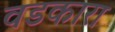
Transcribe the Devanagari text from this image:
वडकारा